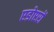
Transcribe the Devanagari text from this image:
एडोप्टरों